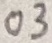
Text: 03